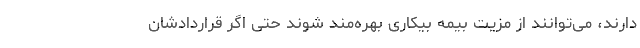
دارند، می‌توانند از مزیت بیمه بیکاری بهره‌مند شوند حتی اگر قراردادشان